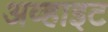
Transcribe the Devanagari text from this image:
अव्हाइट